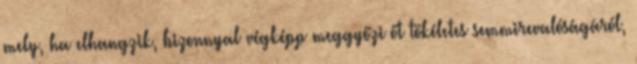
mely, ha elhangzik, bizonnyal végképp meggyőzi őt tökéletes semmirevalóságáról,